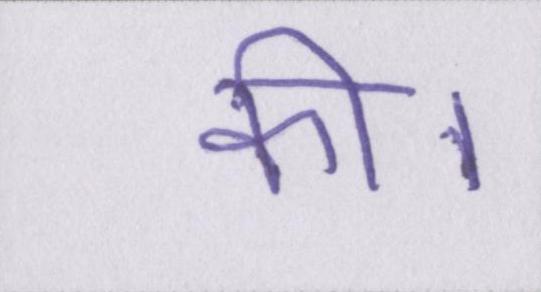
की।